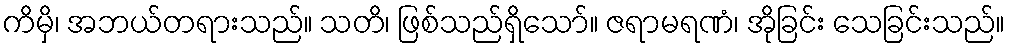
ကိမှိ၊ အဘယ်တရားသည်။ သတိ၊ ဖြစ်သည်ရှိသော်။ ဇရာမရဏံ၊ အိုခြင်း သေခြင်းသည်။